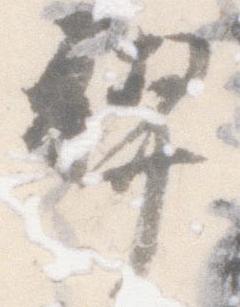
禊